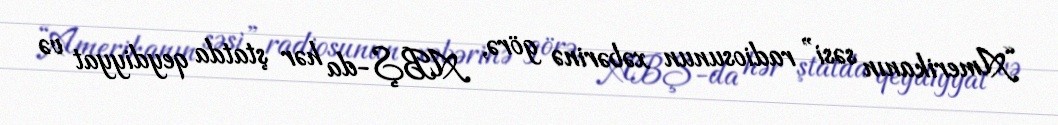
“Amerikanın səsi” radiosunun xəbərinə görə, ABŞ-da hər ştatda qeydiyyat və